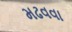
મઢવવા